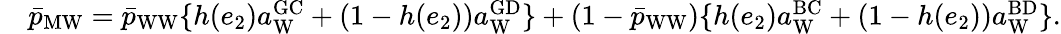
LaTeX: \begin{array}{rl}&{\bar{p}_{\mathrm{MW}}=\bar{p}_{\mathrm{WW}}\{ h(e_{2})a_{\mathrm{W}}^{\mathrm{GC}}+(1-h(e_{2}))a_{\mathrm{W}}^{\mathrm{GD}}\} +(1-\bar{p}_{\mathrm{WW}})\{ h(e_{2})a_{\mathrm{W}}^{\mathrm{BC}}+(1-h(e_{2}))a_{\mathrm{W}}^{\mathrm{BD}}\} .}\end{array}